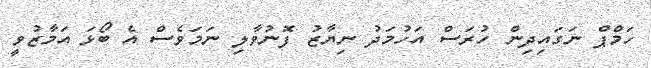
ހަމްޕް ނަގައިދިން ހުރަސް އަހުމަދު ނިޔާޒު ފޮނުވާލި ނަމަވެސް އެ ބޯޅަ އަމާޒުވީ